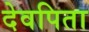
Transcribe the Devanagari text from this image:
देवपिता